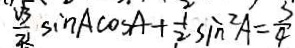
\frac { \sqrt { 3 } } { 2 } \sin A \cos A + \frac { 1 } { 2 } \sin ^ { 2 } A = \frac { 3 } { 4 }